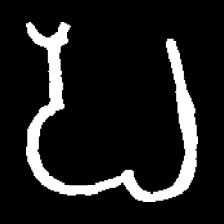
Pyu character \u2014 Myanmar letter: ပ (romanized: pa)